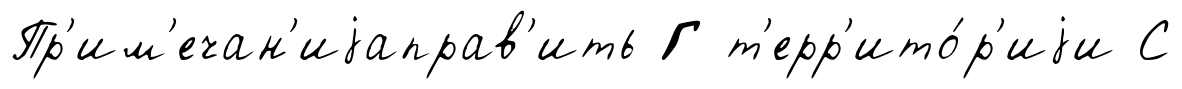
Пр'им'ечан'иjаправ'ить Г т'ерр'ито́р'иjи С